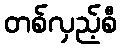
တစ်လှည့်စီ